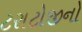
ટરાટોજીનો